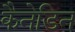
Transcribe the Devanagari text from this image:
कैनेडिन